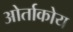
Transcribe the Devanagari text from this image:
ओर्ताकोय